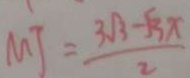
M T = \frac { 3 \sqrt { 3 } - \sqrt { 3 } x } { 2 }